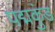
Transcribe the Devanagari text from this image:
पद्मकुंड